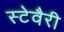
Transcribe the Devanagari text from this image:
स्टेवैरी